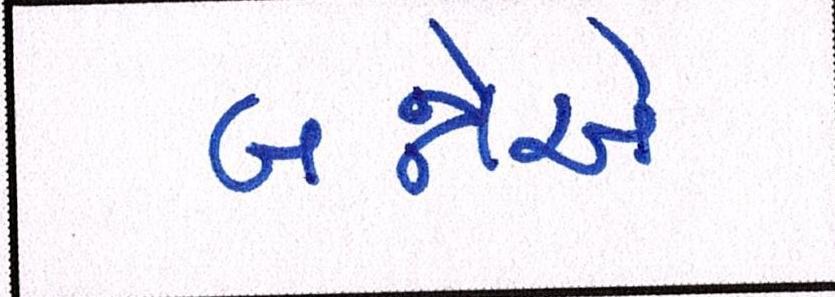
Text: બન્નેએ